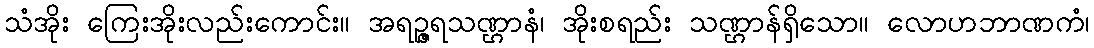
သံအိုး ကြေးအိုးလည်းကောင်း။ အရဉ္ဇရသဏ္ဌာနံ၊ အိုးစရည်း သဏ္ဌာန်ရှိသော။ လောဟဘာဏကံ၊